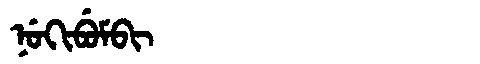
Manchu: ᠨᡠᡴᡳᠪᡠᠮᠪᡳ
Romanization: NUKIBUMBI